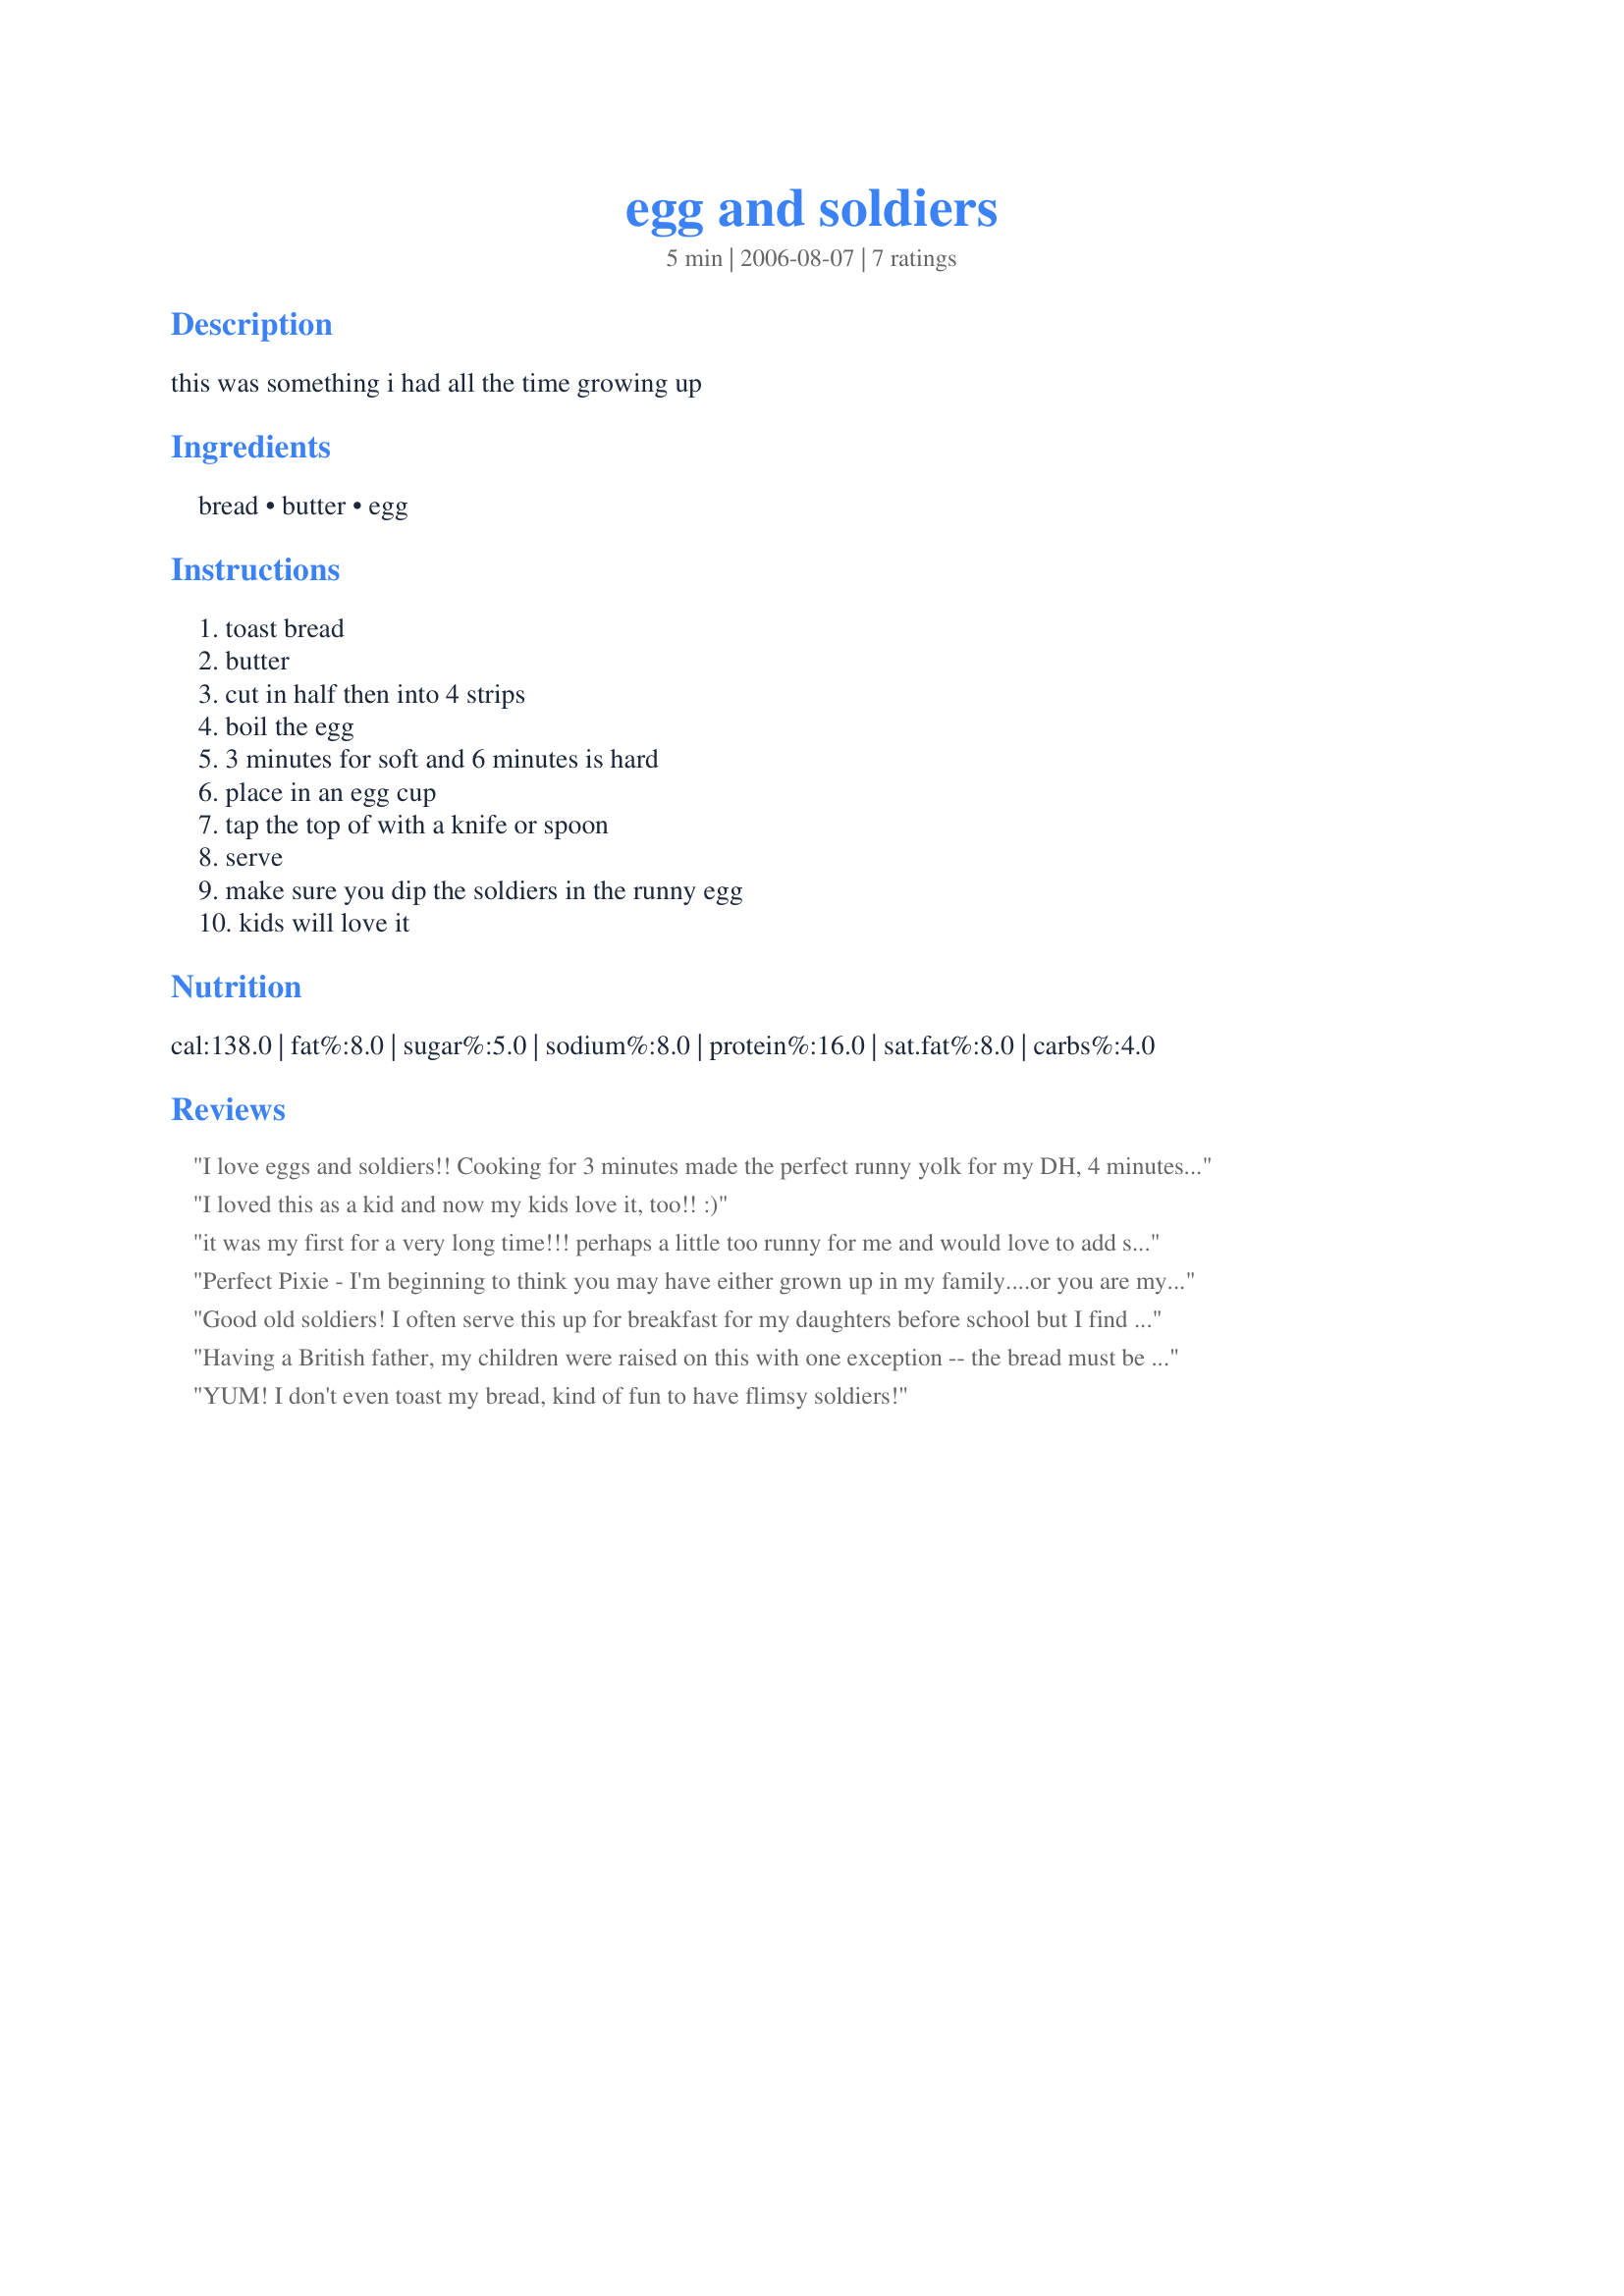
egg and soldiers
Preparation time: 5 minutes

this was something i had all the time growing up

Ingredients:
bread, butter, egg

Steps:
toast bread, butter, cut in half then into 4 strips, boil the egg, 3 minutes for soft and 6 minutes is hard, place in an egg cup, tap the top of with a knife or spoon, serve, make sure you dip the soldiers in the runny egg, kids will love it

Reviews:
I love eggs and soldiers!! Cooking for 3 minutes made the perfect runny yolk for my DH, 4 minutes gave a still runny, but firmer yolk for me as in the photo I took. Thanks for posting this yummy treat! :)
I loved this as a kid and now my kids love it, too!! :)
it was my first for a very long time!!! perhaps a little too runny for me and would love to add some pepper or salt (just a little though!!) but otherwise a blast from my childhood and very yummy :)
Perfect Pixie - I'm beginning to think you may have either grown up in my family....or you are my mother in disguise..... another regular meal at our house as I was growing up. mmmmmmmmmmmmm runny eggs to dip the soldiers in
Good old soldiers! I often serve this up for breakfast for my daughters before school but I find that I have to give them 2 slices of toast because they love to dip them soldiers! To have a runny yolk, I place the eggs in boiling water then turn down the heat to about half then boil for about 4 & a half minutes. I had this growing up all the time too.
Having a British father, my children were raised on this with one exception -- the bread must be lightly buttered and then also lightly spread with Marmite. I can't stand the stuff myself, but can tell you, based on how much my girls love eating this. I myself have enjoyed this many times for breakfast (without the Marmite, of course), with the egg receiving a generous grinding of black pepper and a shake or two of salt.
YUM! I don't even toast my bread, kind of fun to have flimsy soldiers!
